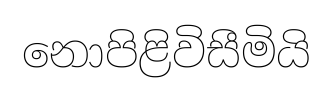
නොපිළිවිසීමියි